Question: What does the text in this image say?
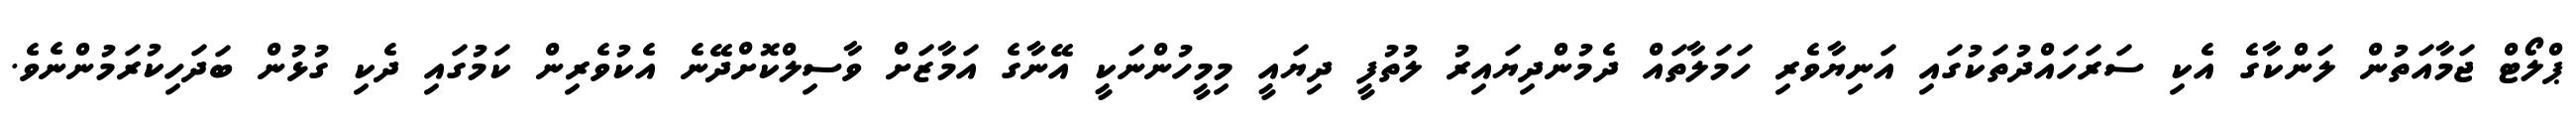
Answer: ޕްލޯޓް ޖަމާއަތުން ލަންކާގެ އެކި ސަރަހައްދުތަކުގައި އަނިޔާވެރި ހަމަލާތައް ދެމުންދިޔައިރު ލުތުފީ ދިޔައީ މިމީހުންނަކީ އޭނާގެ އަމާޒަށް ވާސިލްކޮށްދޭނެ އެކުވެރިން ކަމުގައި ދެކި ގުޅުން ބަދަހިކުރަމުންނެވެ.